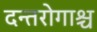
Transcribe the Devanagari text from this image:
दन्तरोगाश्च